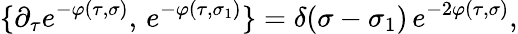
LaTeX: \{ \partial_{\tau}e^{-\varphi(\tau,\sigma)},\, e^{-\varphi(\tau,\sigma_{1})}\} =\delta(\sigma-\sigma_{1})\, e^{-2\varphi(\tau,\sigma)},